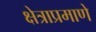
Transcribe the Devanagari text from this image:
क्षेत्राप्रमाणे